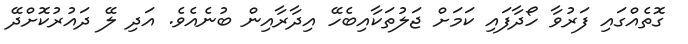
ގޮތެއްގައި ފަރުވާ ހޯދާފައި ކަމަށް ޖަލުތަކާއިބެހޭ އިދާރާއިން ބުނެއެވެ. އަދި ލޭ ދައުރުކޮށްދޭ